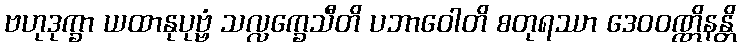
ဗဟုဒုက္ခာ ယထာနုပုဗ္ဗံ သလ္လက္ခေသီတိ ပဘာဝေါတိ စတုရဿာ ဒေဝဝဏ္ဏိနန္တိ